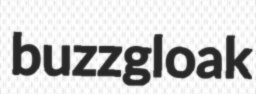
buzzgloak